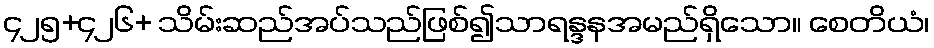
၄၂၅+၄၂၆+ သိမ်းဆည်အပ်သည်ဖြစ်၍သာရန္ဒနအမည်ရှိသော။ စေတိယံ၊